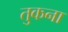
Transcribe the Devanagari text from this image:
तुकना